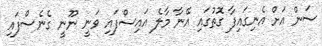
ސަން އަށް އެނިގައިފާ ގޮތުގައި އޭނާ މާލެ އައިސްފައި ވަނީ ނޫނީ ގެނެސްފައި